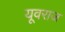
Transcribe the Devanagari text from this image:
यूवराज